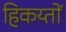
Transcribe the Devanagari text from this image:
हिकय्तों